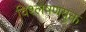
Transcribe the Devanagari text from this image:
विश्लेषणयुक्त